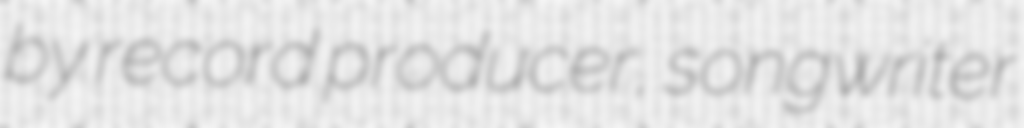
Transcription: by record producer, songwriter